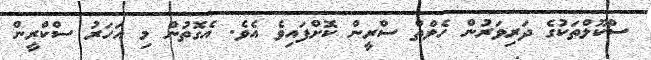
ސްކޫލްތަކުގެ ދަރިވަރުން ހެލްތް ސްރީން ކޮށްފައިވެ އެވެ. އެގޮތުން މި އަހަރު ސްކްރީން